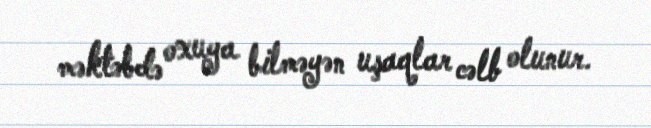
məktəbdə oxuya bilməyən uşaqlar cəlb olunur.